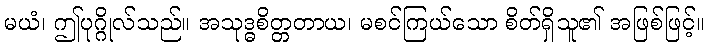
မယံ၊ ဤပုဂ္ဂိုလ်သည်။ အသုဒ္ဓစိတ္တတာယ၊ မစင်ကြယ်သော စိတ်ရှိသူ၏ အဖြစ်ဖြင့်။